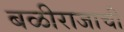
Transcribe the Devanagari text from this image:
बळीराजाची